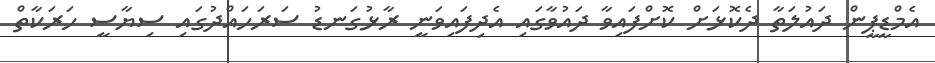
އެމްޑީޕީން ދައުލަތާ ދެކޮޅަށް ކޮށްފައިވާ ދައުވާގައި އެދިފައިވަނީ ރާޅުގަނޑު ސަރަހައްދުގައި ސިޔާސީ ހަރަކާތް